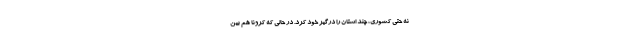
نه حتی کشوری، چند استان را درگیر خود کرد. در حالی که کرونا هم بین